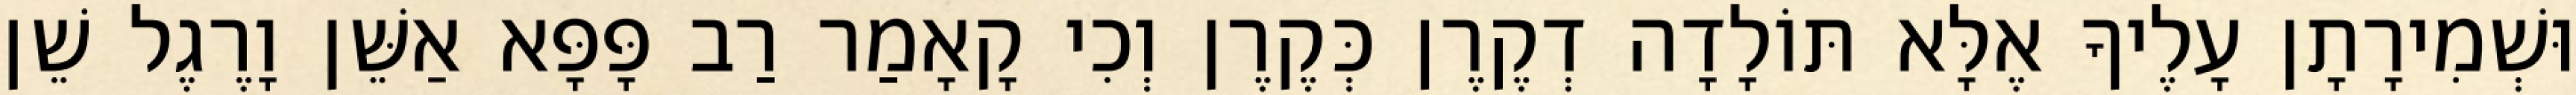
וּשְׁמִירָתָן עָלֶיךָ אֶלָּא תּוֹלָדָה דְקֶרֶן כְּקֶרֶן וְכִי קָאָמַר רַב פָּפָּא אַשֵּׁן וָרֶגֶל שֵׁן